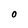
Character: 0